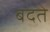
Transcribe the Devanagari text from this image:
बदते